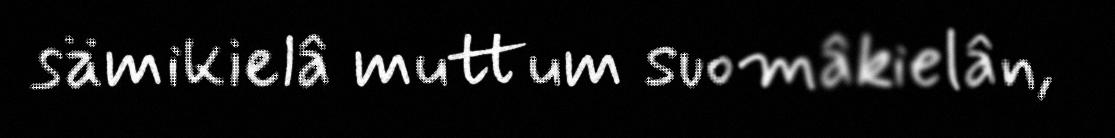
sämikielâ muttum suomâkielân,